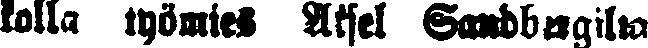
kolla työmies Aksel Sandbergilta